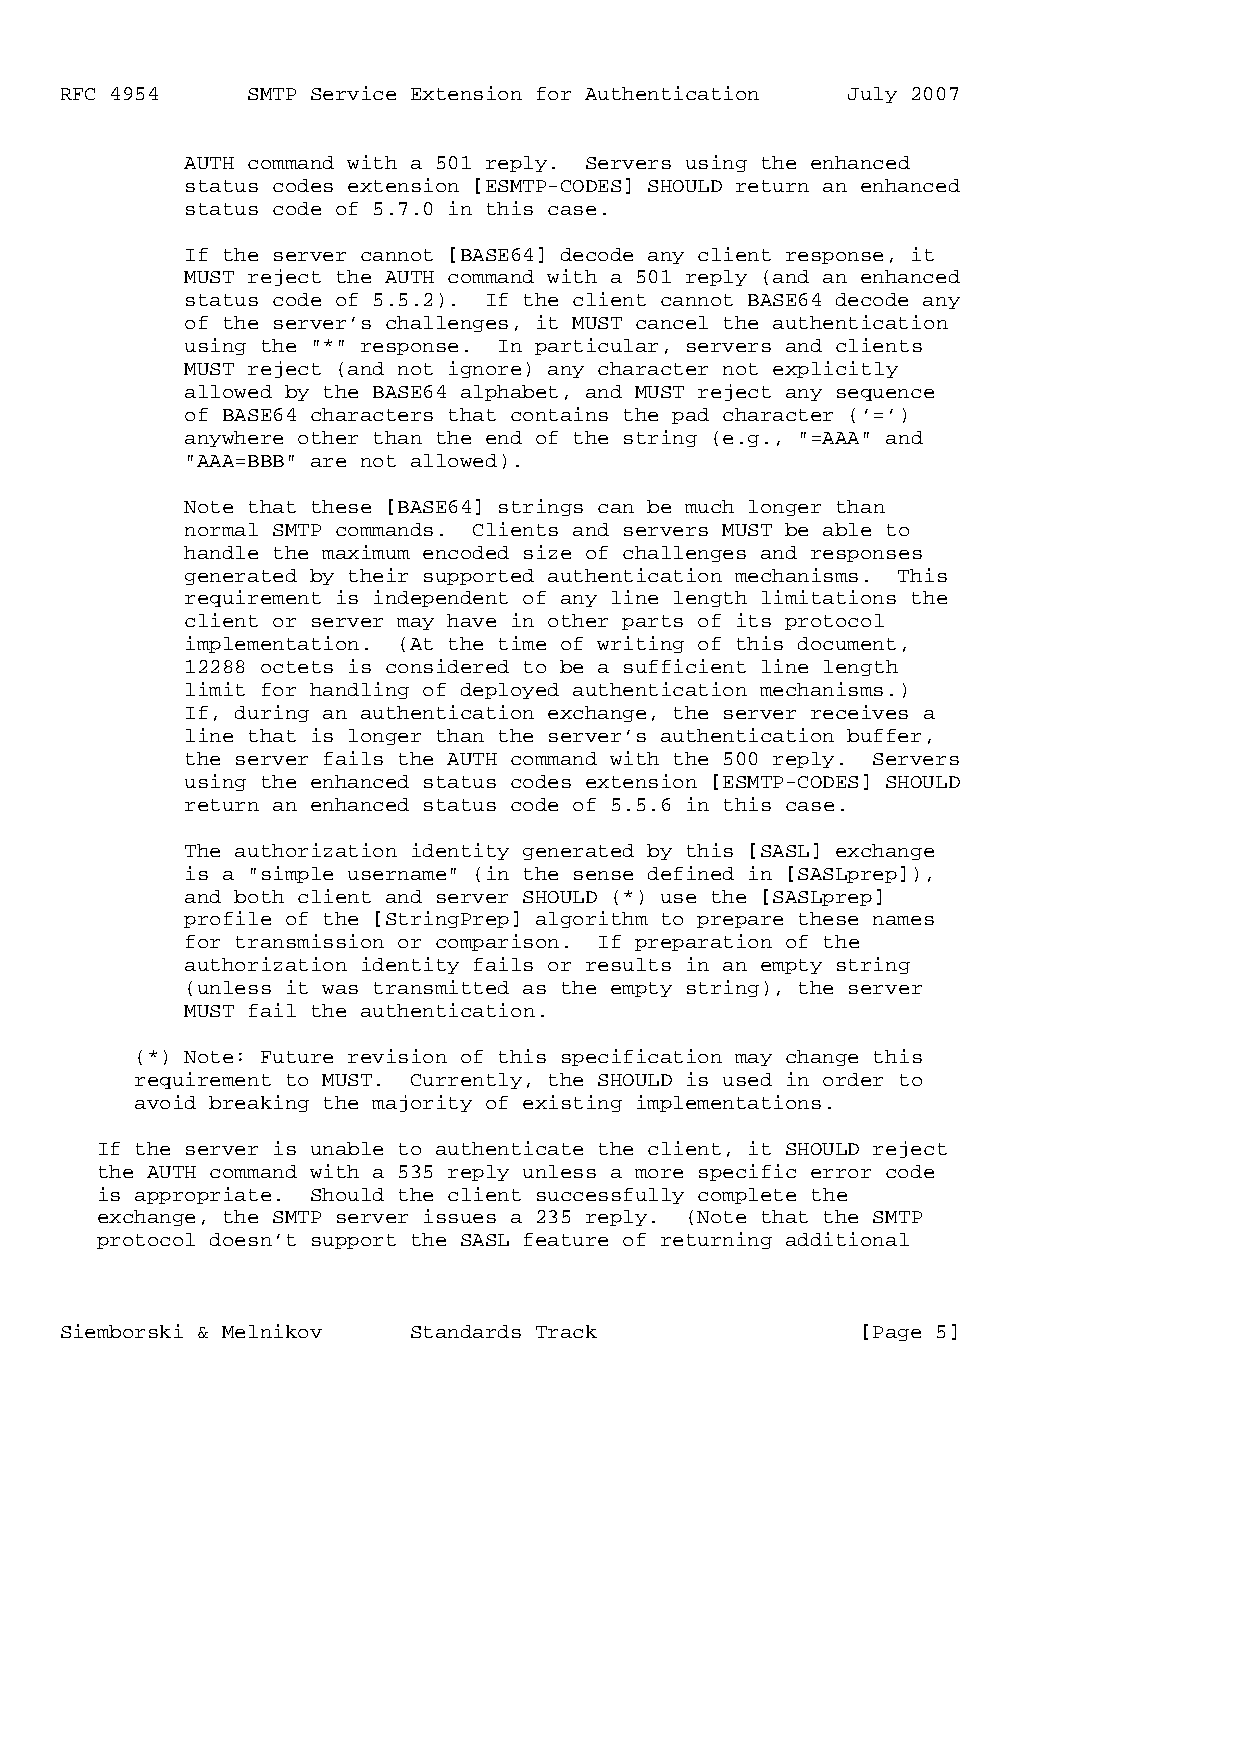
RFC 4954    SMTP Service Extension for Authentication July 2007
 AUTH command with a 501 reply. Servers using the enhanced
 status codes extension [ESMTP-CODES] SHOULD return an enhanced
 status code of 5.7.0 in this case.
 If the server cannot [BASE64] decode any client response, it
 MUST reject the AUTH command with a 501 reply (and an enhanced
 status code of 5.5.2). If the client cannot BASE64 decode any
 of the server’s challenges, it MUST cancel the authentication
 using the "*" response. In particular, servers and clients
 MUST reject (and not ignore) any character not explicitly
 allowed by the BASE64 alphabet, and MUST reject any sequence
 of BASE64 characters that contains the pad character (’=’)
 anywhere other than the end of the string (e.g., "=AAA" and
 "AAA=BBB" are not allowed).
 Note that these [BASE64] strings can be much longer than
 normal SMTP commands. Clients and servers MUST be able to
 handle the maximum encoded size of challenges and responses
 generated by their supported authentication mechanisms. This
 requirement is independent of any line length limitations the
 client or server may have in other parts of its protocol
 implementation. (At the time of writing of this document,
 12288 octets is considered to be a sufficient line length
 limit for handling of deployed authentication mechanisms.)
 If, during an authentication exchange, the server receives a
 line that is longer than the server’s authentication buffer,
 the server fails the AUTH command with the 500 reply. Servers
 using the enhanced status codes extension [ESMTP-CODES] SHOULD
 return an enhanced status code of 5.5.6 in this case.
 The authorization identity generated by this [SASL] exchange
 is a "simple username" (in the sense defined in [SASLprep]),
 and both client and server SHOULD (*) use the [SASLprep]
 profile of the [StringPrep] algorithm to prepare these names
 for transmission or comparison. If preparation of the
 authorization identity fails or results in an empty string
 (unless it was transmitted as the empty string), the server
 MUST fail the authentication.
 (*) Note: Future revision of this specification may change this
 requirement to MUST. Currently, the SHOULD is used in order to
 avoid breaking the majority of existing implementations.
 If the server is unable to authenticate the client, it SHOULD reject
 the AUTH command with a 535 reply unless a more specific error code
 is appropriate. Should the client successfully complete the
 exchange, the SMTP server issues a 235 reply. (Note that the SMTP
 protocol doesn’t support the SASL feature of returning additional
 Siemborski & Melnikov  Standards Track               [Page 5]